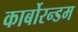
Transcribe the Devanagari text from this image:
कार्बोरन्डम